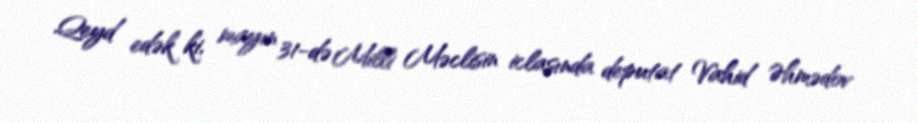
Qeyd edək ki, mayın 31-də Milli Məclisin iclasında deputat Vahid Əhmədov